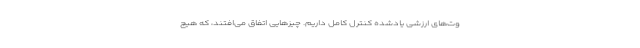
وت‌های ارزشی یادشده کنترل کامل داریم. چیزهایی اتفاق می‌افتند، که هیچ